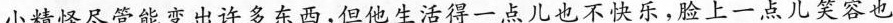
小精怪尽管能变出许多东西，但他生活得一点儿也不快乐，脸上一点儿笑容也